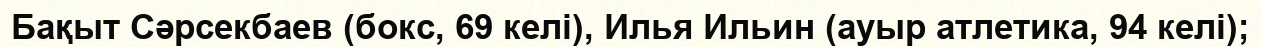
Бақыт Сәрсекбаев (бокс, 69 келі), Илья Ильин (ауыр атлетика, 94 келі);